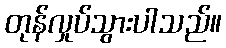
တုန်လှုပ်သွားပါသည်။